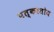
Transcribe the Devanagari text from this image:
पत्करतोय